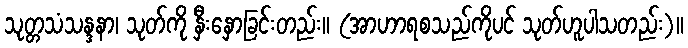
သုတ္တသံသန္ဒနာ၊ သုတ်ကို နှီးနှောခြင်းတည်း။ (အာဟာရစသည်ကိုပင် သုတ်ဟူပါသတည်း)။